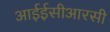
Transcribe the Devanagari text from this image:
आईईसीआरसी